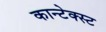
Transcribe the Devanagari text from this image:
कान्टेक्स्ट